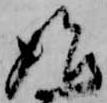
始